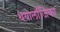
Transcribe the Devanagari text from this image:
थेयोलॉजिका